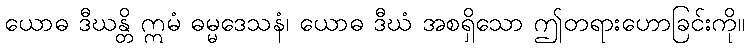
ယောဓ ဒီဃန္တိ ဣမံ ဓမ္မဒေသနံ၊ ယောဓ ဒီဃံ အစရှိသော ဤတရားဟောခြင်းကို။